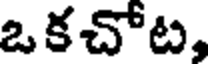
ఒకచోట,